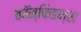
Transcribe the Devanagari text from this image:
कॉन्फिडन्स